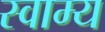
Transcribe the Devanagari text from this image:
स्वाम्य